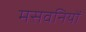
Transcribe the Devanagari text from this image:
मसवनियों